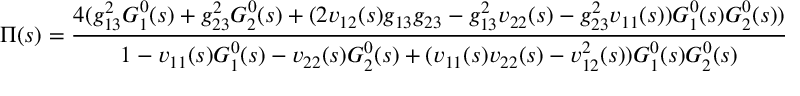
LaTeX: \Pi ( s ) = \frac { 4 ( g _ { 1 3 } ^ { 2 } G _ { 1 } ^ { 0 } ( s ) + g _ { 2 3 } ^ { 2 } G _ { 2 } ^ { 0 } ( s ) + ( 2 v _ { 1 2 } ( s ) g _ { 1 3 } g _ { 2 3 } - g _ { 1 3 } ^ { 2 } v _ { 2 2 } ( s ) - g _ { 2 3 } ^ { 2 } v _ { 1 1 } ( s ) ) G _ { 1 } ^ { 0 } ( s ) G _ { 2 } ^ { 0 } ( s ) ) } { 1 - v _ { 1 1 } ( s ) G _ { 1 } ^ { 0 } ( s ) - v _ { 2 2 } ( s ) G _ { 2 } ^ { 0 } ( s ) + ( v _ { 1 1 } ( s ) v _ { 2 2 } ( s ) - v _ { 1 2 } ^ { 2 } ( s ) ) G _ { 1 } ^ { 0 } ( s ) G _ { 2 } ^ { 0 } ( s ) } \ \ .